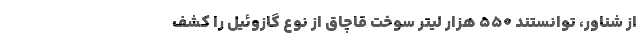
از شناور، توانستند ۵۵۰ هزار لیتر سوخت قاچاق از نوع گازوئیل را کشف